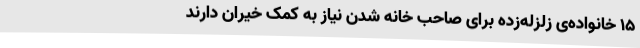
15 خانواده‌ی زلزله‌زده برای صاحب خانه شدن نیاز به کمک خیران دارند